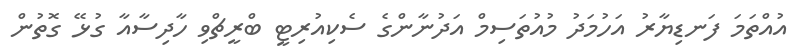
އުއްތަމަ ފަނޑިޔާރު އަހުމަދު މުއުތަސިމް އަދުނާންގެ ސެކިއުރިޓީ ބްރީޗްވި ހާދިސާއާ ގުޅޭ ގޮތުން